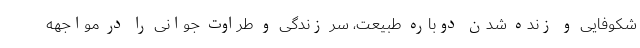
شکوفایی و زنده شدن دوباره طبیعت، سر زندگی و طراوت جوانی را در مواجهه